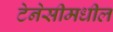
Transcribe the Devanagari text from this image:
टेनेसीमधील